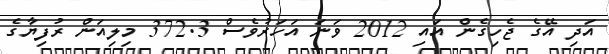
އަދި އޭގެ ޖެހިގެން އައި 2012 ވަަނަ އަހަރުވެސް 372.3 މިލިއަން ރުފިޔާގެ